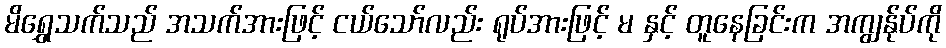
မိရွှေသက်သည် အသက်အားဖြင့် ငယ်သော်လည်း ရုပ်အားဖြင့် မ နှင့် တူနေခြင်းက အကျွန်ုပ်ကို